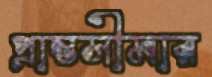
প্রান্তসীমার